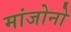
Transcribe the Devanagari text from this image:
मांजोनो